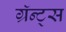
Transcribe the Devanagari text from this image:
ग्रॅन्ट्‍स